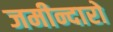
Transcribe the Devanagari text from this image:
जमीन्दारो